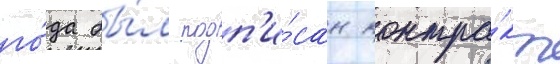
го́да бы́л подп'и́сан контра́кт